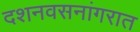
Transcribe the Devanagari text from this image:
दशनवसनांगरात